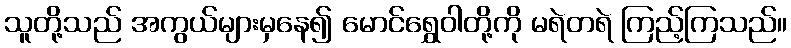
သူတို့သည် အကွယ်များမှနေ၍ မောင်ရွှေဝါတို့ကို မရဲတရဲ ကြည့်ကြသည်။